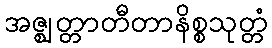
အဇ္ဈတ္တာတီတာနိစ္စသုတ္တံ